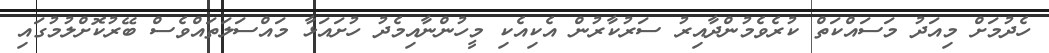
ހެދުމަށް މިއަދު މަސައްކަތް ކުރެވެމުންދާއިރު ސަރުކާރުން އެކިއެކި މީހުންނާއިމެދު ހުށައަޅާ މައްސަލަތައްވެސް ބޭރުކޮށްލުމުގައި